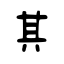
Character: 其